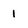
Character: 1